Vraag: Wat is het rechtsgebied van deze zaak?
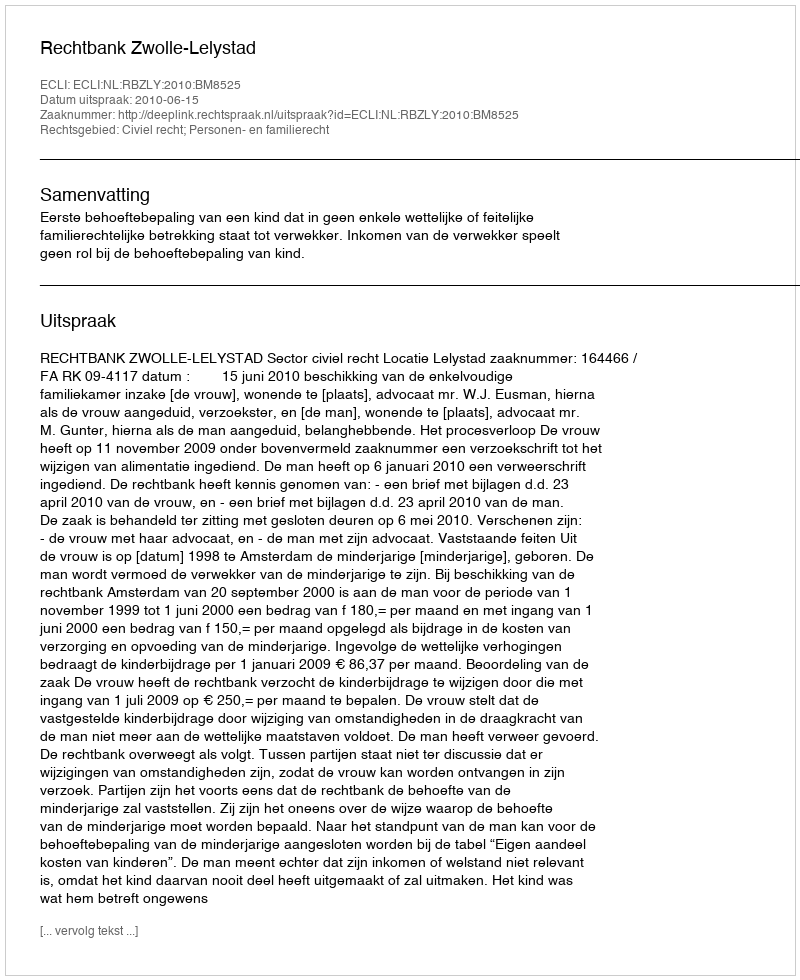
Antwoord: Civiel recht; Personen- en familierecht